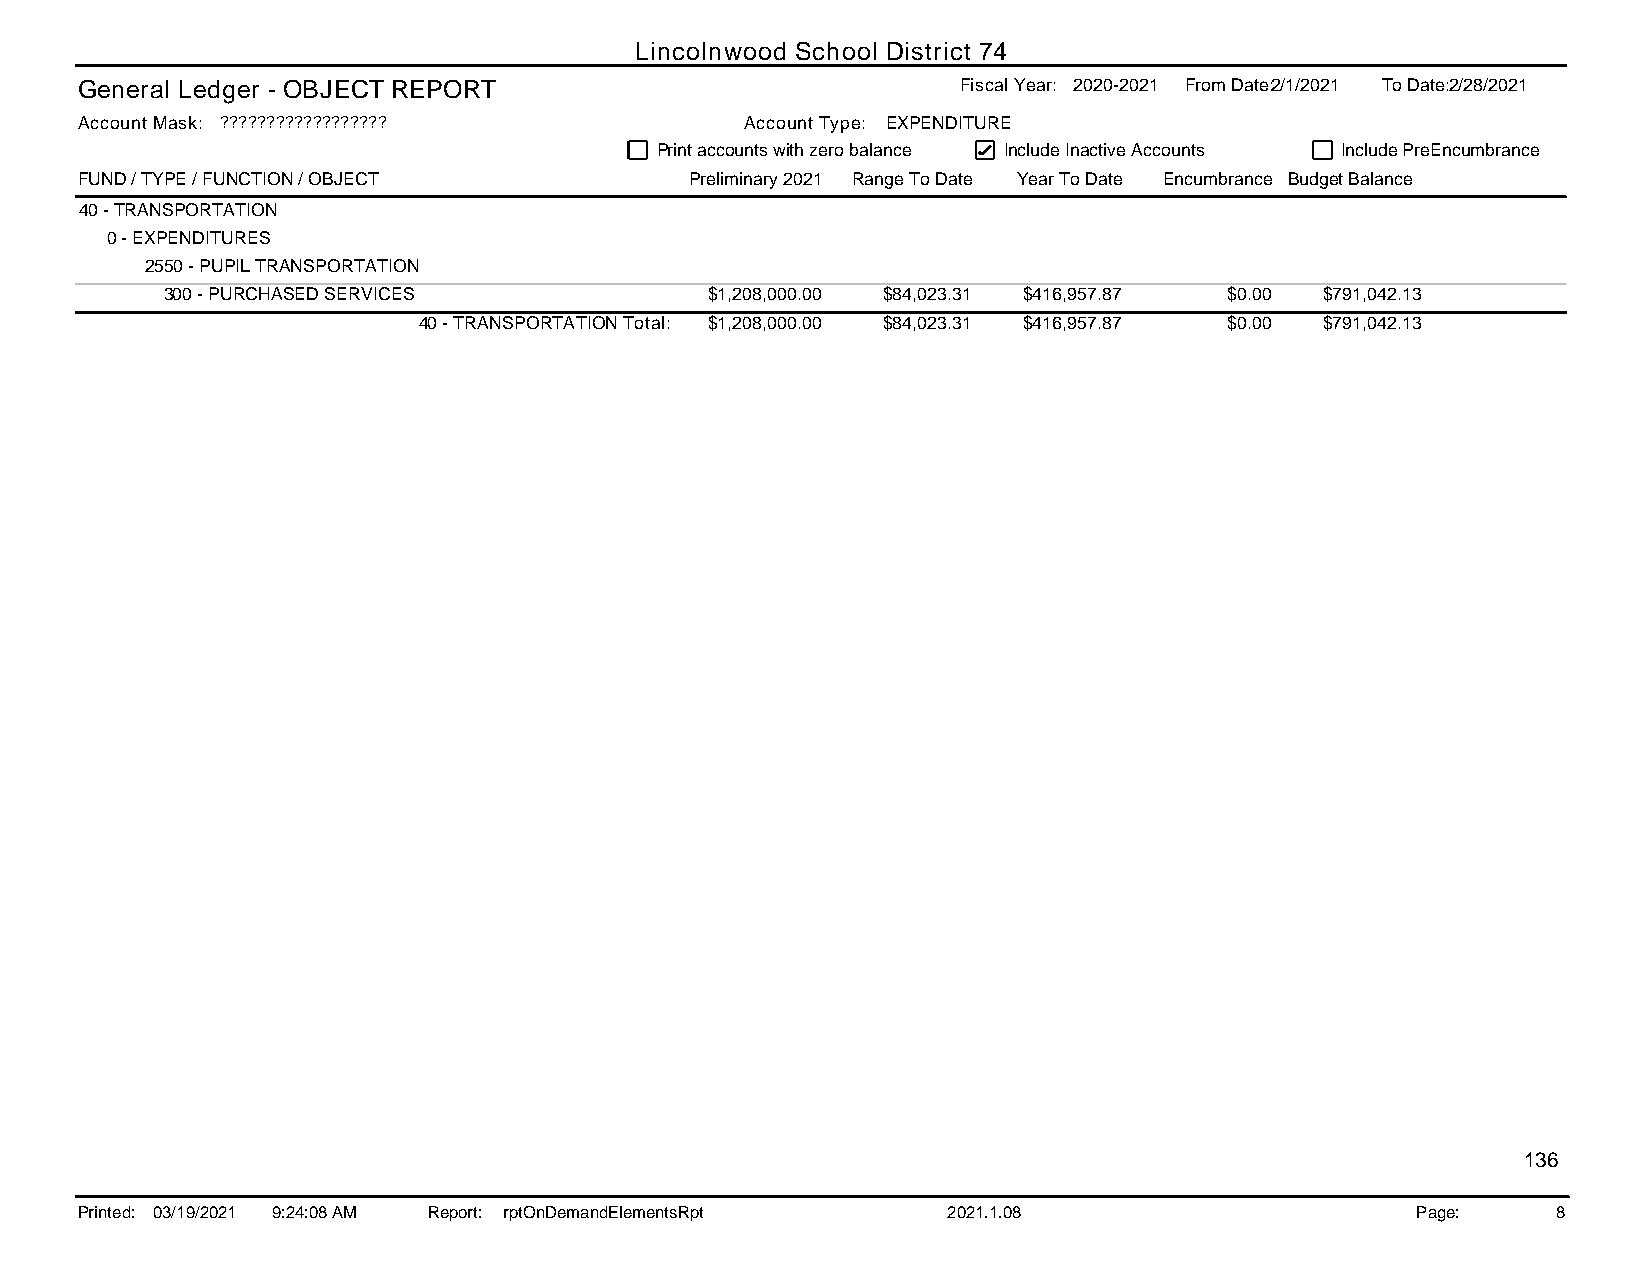
Lincolnwood School District 74
 General Ledger - OBJECT REPORT                             Fiscal Year: 2020-2021 From Date:2/1/2021 To Date:2/28/2021
 Account Mask: ??????????????????            Account Type: EXPENDITURE
 Print accounts with zero balance Include Inactive Accounts Include PreEncumbrance
 FUND / TYPE / FUNCTION / OBJECT          Preliminary 2021 Range To Date Year To Date Encumbrance Budget Balance
 40 - TRANSPORTATION
 0 - EXPENDITURES
 2550 - PUPIL TRANSPORTATION
 300 - PURCHASED SERVICES            $1,208,000.00 $84,023.31 $416,957.87 $0.00 $791,042.13
 40 - TRANSPORTATION Total: $1,208,000.00 $84,023.31 $416,957.87 $0.00 $791,042.13
 136
 Printed: 03/19/2021 9:24:08 AM Report: rptOnDemandElementsRpt 2021.1.08                  Page:    8